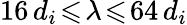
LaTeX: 16\, d_{i}\! \leqslant\! \lambda\! \leqslant\! 64\, d_{i}